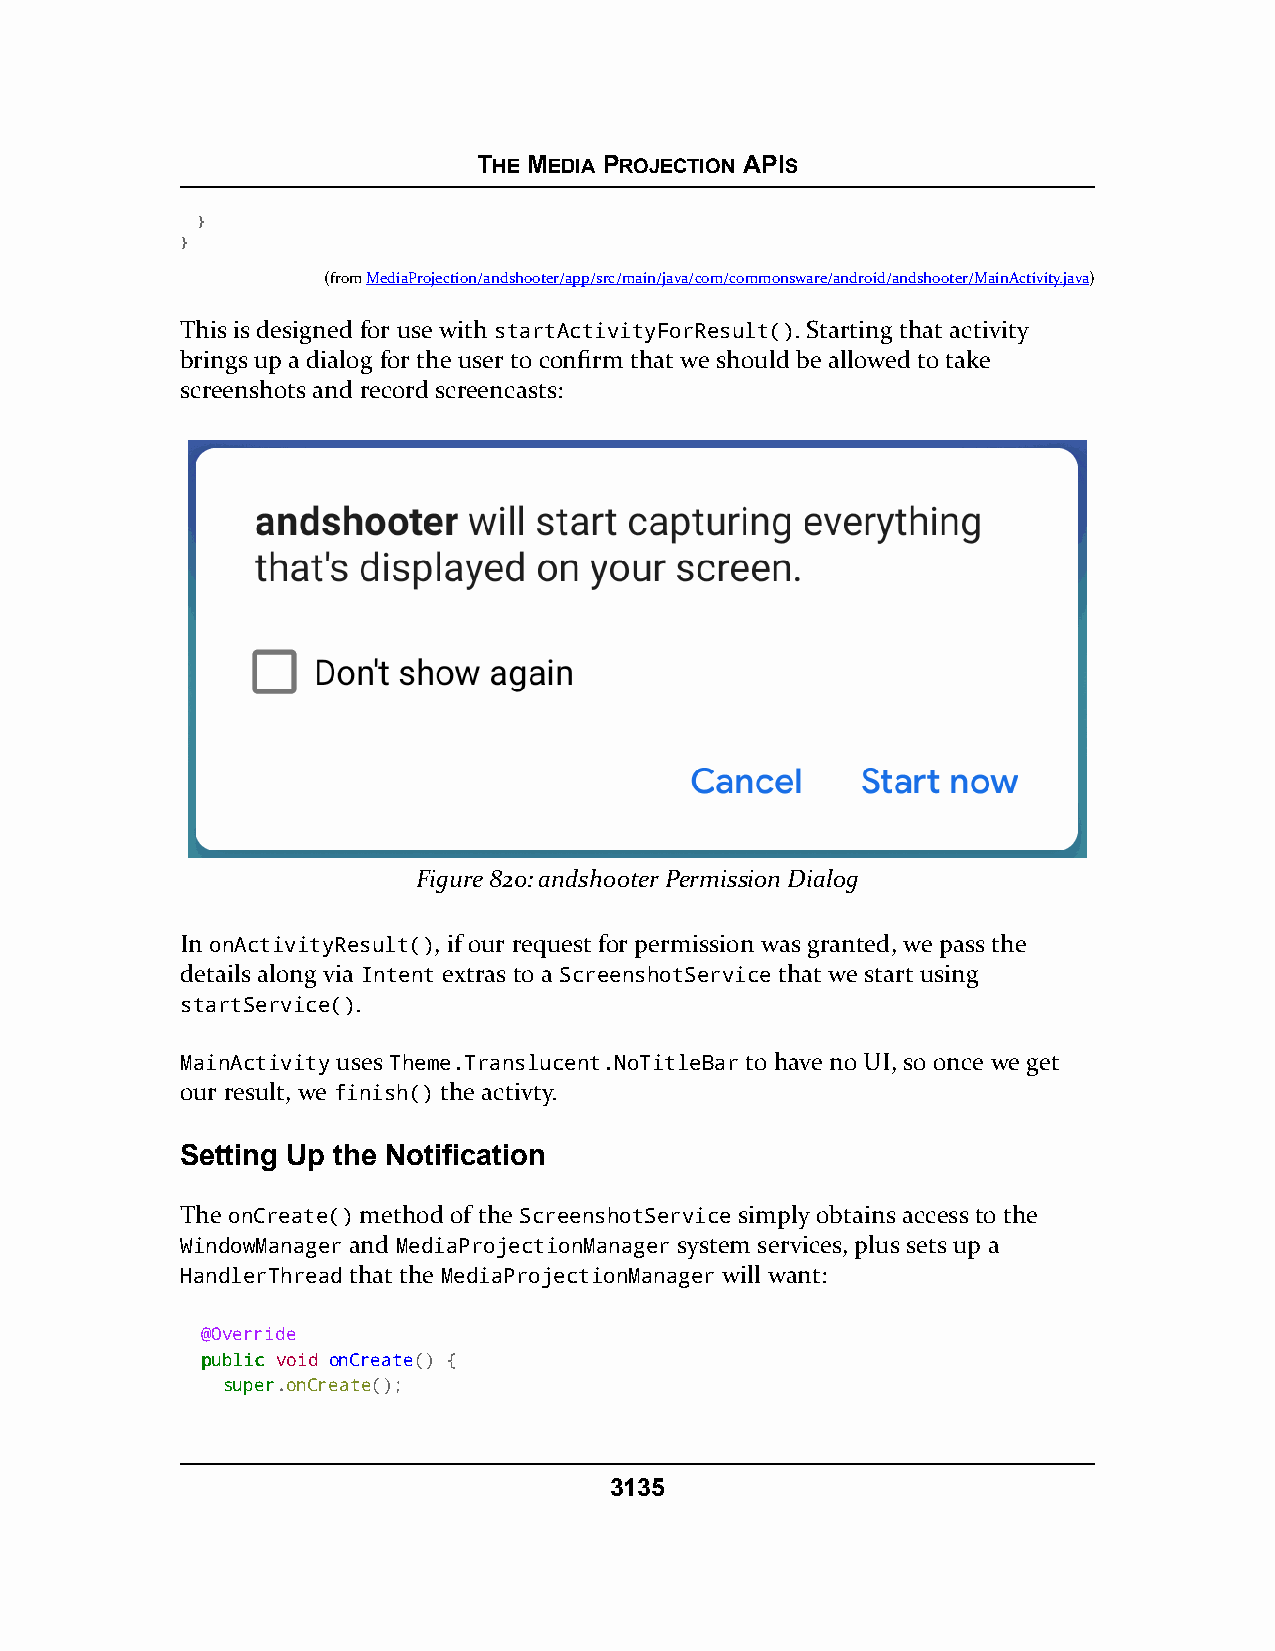
THE MEDIA PROJECTION APIS
 }
 }
 (fromMediaProjection/andshooter/app/src/main/java/com/commonsware/android/andshooter/MainActivity.java)
 This is designed for use with startActivityForResult(). Starting that activity
 brings up a dialog for the user to confirm that we should be allowed to take
 screenshots and record screencasts:
 Figure 820: andshooter Permission Dialog
 In onActivityResult(), if our request for permission was granted, we pass the
 details along via Intent extras to a ScreenshotService that we start using
 startService().
 MainActivity uses Theme.Translucent.NoTitleBar to have no UI, so once we get
 our result, we finish() the activty.
 Setting Up the Notification
 The onCreate() method of the ScreenshotService simply obtains access to the
 WindowManager and MediaProjectionManager system services, plus sets up a
 HandlerThread that the MediaProjectionManager will want:
 @Override
 ppuubblliicc void onCreate() {
 ssuuppeerr.onCreate();
 3135